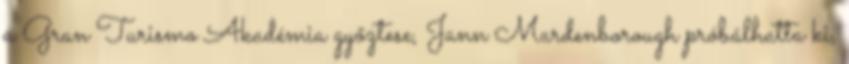
a Gran Turismo Akadémia győztese, Jann Mardenborough próbálhatta ki,